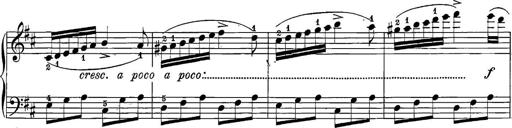
Title: 12 Sonatine per Pianoforte
Composer: Friedrich Kuhlau